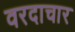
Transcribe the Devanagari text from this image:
वरदाचार